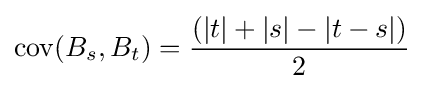
\operatorname {cov} (B_{s},B_{t})={\frac {(|t|+|s|-|t-s|)}{2}}